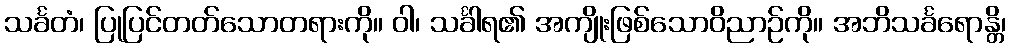
သင်္ခတံ၊ ပြုပြင်တတ်သောတရားကို။ ဝါ၊ သင်္ခါရ၏ အကျိုးဖြစ်သောဝိညာဉ်ကို။ အဘိသင်္ခရောန္တိ၊